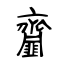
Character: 齏